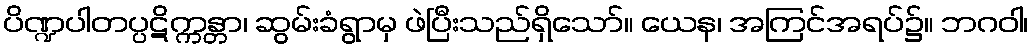
ပိဏ္ဍပါတပ္ပဋိက္ကန္တာ၊ ဆွမ်းခံရွာမှ ဖဲပြီးသည်ရှိသော်။ ယေန၊ အကြင်အရပ်၌။ ဘဂဝါ၊